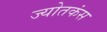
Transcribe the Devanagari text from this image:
ज्योतकंस